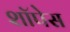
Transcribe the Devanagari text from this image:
शॉपेस